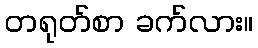
တရုတ်စာ ခက်လား။